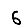
Digit: 6